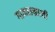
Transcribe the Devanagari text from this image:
गानसम्राज्ञी